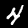
Label: 4